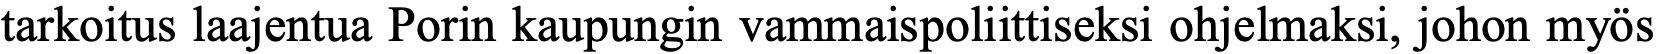
tarkoitus laajentua Porin kaupungin vammaispoliittiseksi ohjelmaksi, johon myös